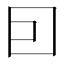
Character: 囙